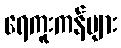
ရေကူးကန်များ